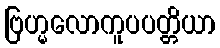
ဗြဟ္မလောကူပပတ္တိယာ